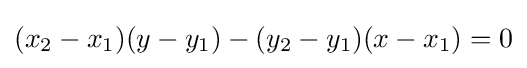
(x_{2}-x_{1})(y-y_{1})-(y_{2}-y_{1})(x-x_{1})=0